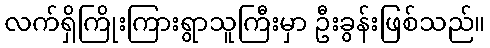
လက်ရှိကြိုးကြားရွာသူကြီးမှာ ဦးခွန်းဖြစ်သည်။